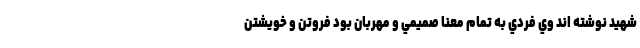
شهيد نوشته اند وي فردي به تمام معنا صميمي و مهربان بود فروتن و خويشتن